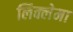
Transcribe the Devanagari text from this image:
लिक्लेमा